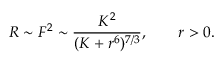
R \sim F ^ { 2 } \sim \frac { K ^ { 2 } } { ( K + r ^ { 6 } ) ^ { 7 / 3 } } , \; \; \; \; \; \; \; r > 0 .